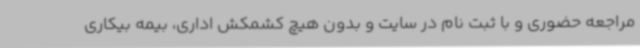
مراجعه حضوری و با ثبت نام در سایت و بدون هیچ کشمکش اداری، بیمه بیکاری